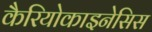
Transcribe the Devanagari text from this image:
कैरियोकाइनेसिस